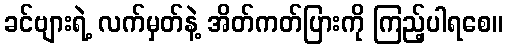
ခင်ဗျားရဲ့ လက်မှတ်နဲ့ အိတ်ကတ်ပြားကို ကြည့်ပါရစေ။